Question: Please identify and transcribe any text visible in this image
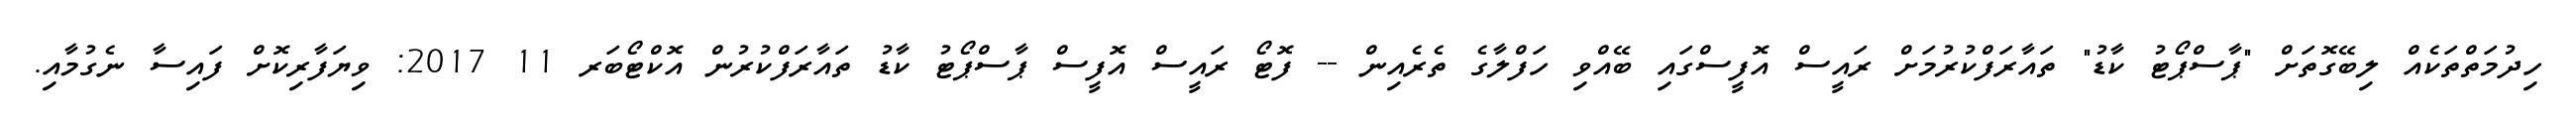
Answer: ހިދުމަތްތަކެއް ލިބޭގޮތަށް "ޕާސްޕޯޓު ކާޑު" ތައާރަފްކުރުމަށް ރައީސް އޮފީސްގައި ބޭއްވި ހަފްލާގެ ތެރެއިން -- ފޮޓޯ ރައީސް އޮފީސް ޕާސްޕޯޓު ކާޑު ތައާރަފްކުރުން އޮކްޓޯބަރ 11 2017: ވިޔަފާރިކޮށް ފައިސާ ނެގުމާއި.